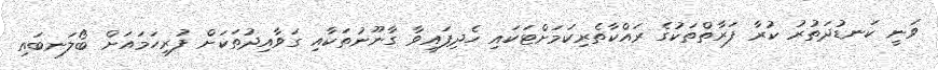
ވަނީ ކަނޑުދަތުރު ކުރާ ފަރާތްތަކުގެ ރައްކާތެރިކަމަށްޓަކައި ހެދިފައިވާ ގާނޫނުތަކާއި ގަވާއިދުތަކަށް ފުރިހަމައަށް ބޯލަނބައި